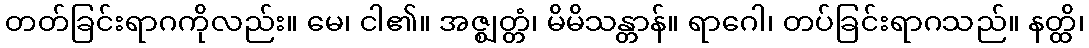
တတ်ခြင်းရာဂကိုလည်း။ မေ၊ ငါ၏။ အဇ္ဈတ္တံ၊ မိမိသန္တာန်။ ရာဂေါ၊ တပ်ခြင်းရာဂသည်။ နတ္ထိ၊